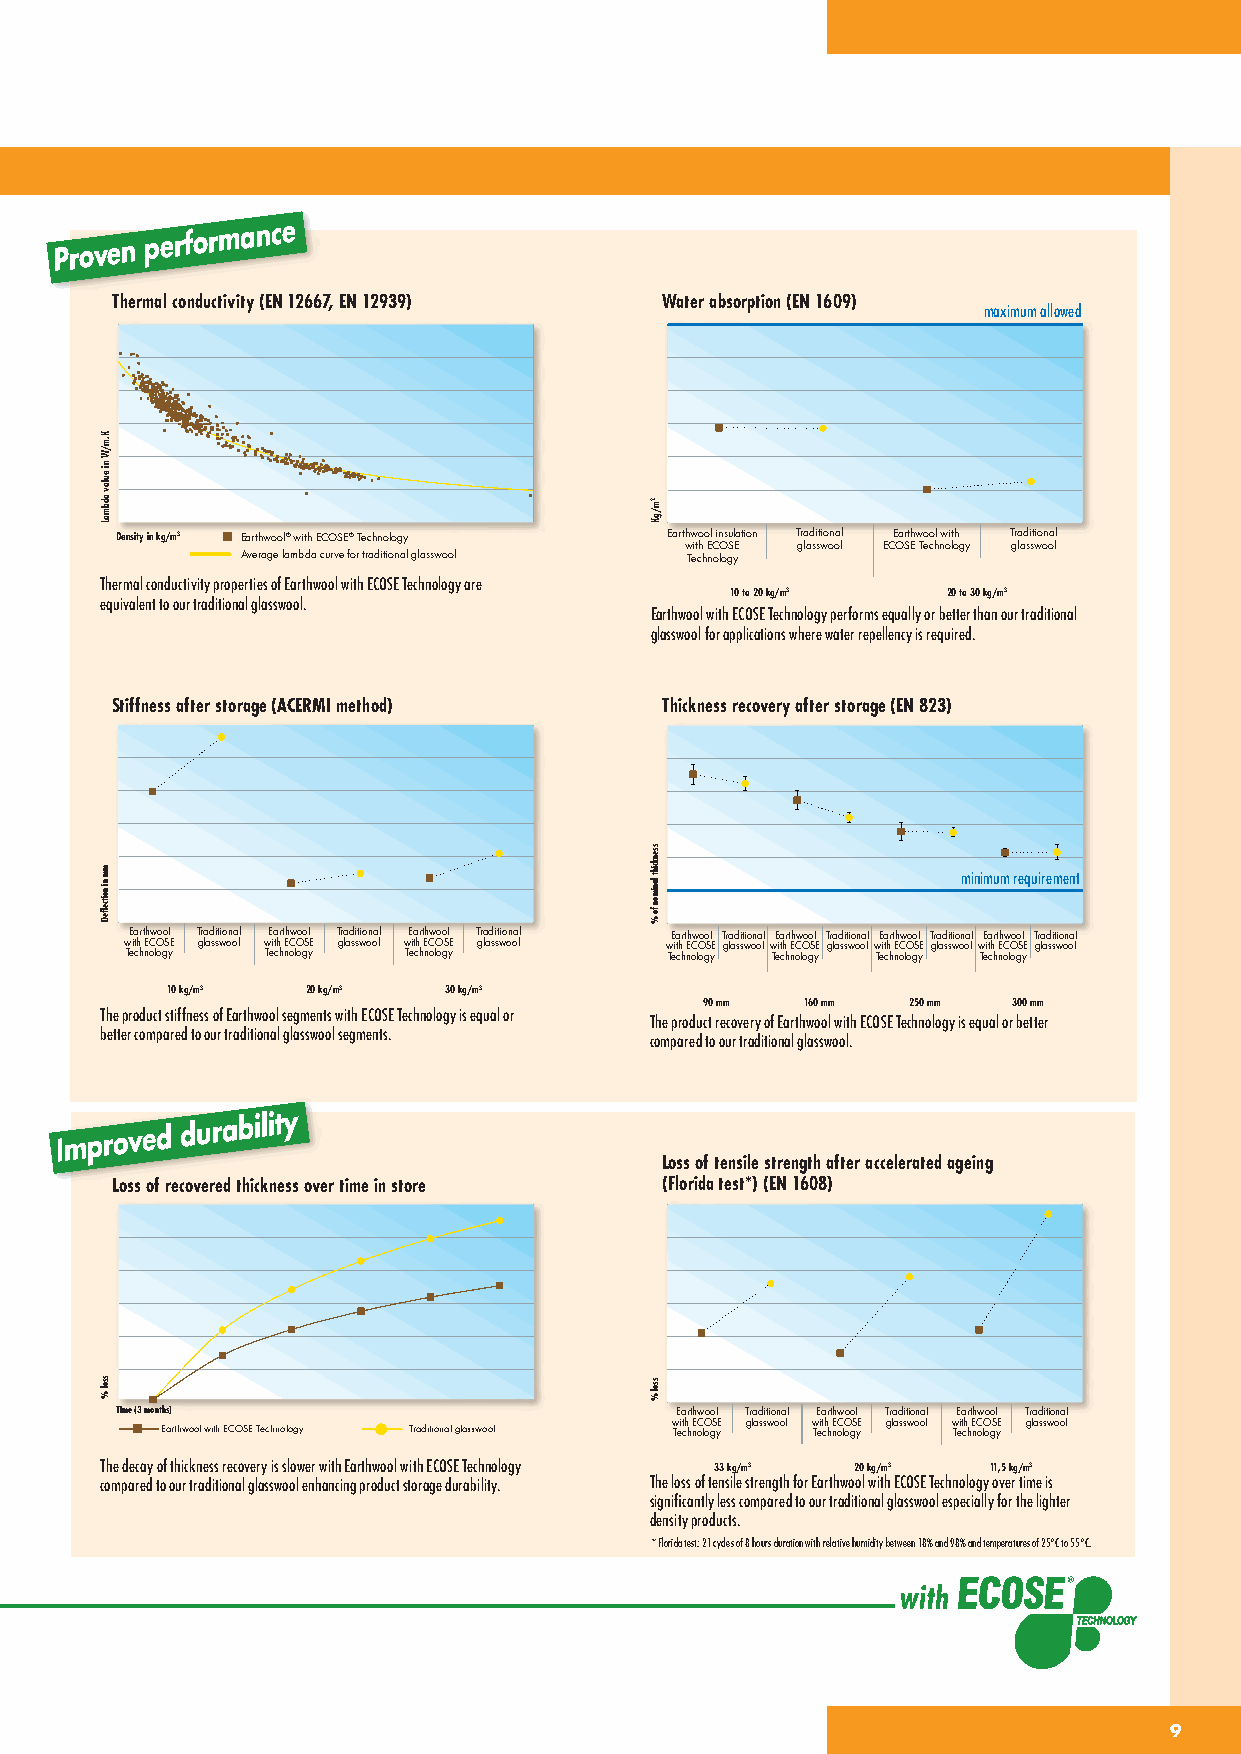
New
 and
 improved
 Improved
 durability
 Proven
 performance
 Thermal conductivity (EN 12667, EN 12939) Water absorption (EN 1609)
 maximum allowed
 Density in kg/m3 Earthwool® with ECOSE® Technology Earthwool insulation Traditional Earthwool with Traditional
 with ECOSE glasswool ECOSE Technology glasswool
 Average lambda curve for traditional glasswool Technology
 Thermal conductivity properties of Earthwool with ECOSE Technology are
 10 to 20 kg/m3 20 to 30 kg/m3
 equivalent to our traditional glasswool.
 Earthwool with ECOSE Technology performs equally or better than our traditional
 glasswool for applications where water repellency is required.
 Stiffness after storage (ACERMI method) Thickness recovery after storage (EN 823)
 minimum requirement
 Earthwool Traditional Earthwool Traditional Earthwool Traditional Earthwool Traditional Earthwool Traditional Earthwool Traditional Earthwool Traditional
 with ECOSE glasswool with ECOSE glasswool with ECOSE glasswool with ECOSE glasswoolwith ECOSE glasswoolwith ECOSE glasswool with ECOSE glasswool
 Technology Technology Technology    Technology Technology Technology Technology
 10 kg/m3 20 kg/m3 30 kg/m3
 90 mm 160 mm 250 mm 300 mm
 The product stiffness of Earthwool segments with ECOSE Technology is equal or
 Newb e atter
 n
 co dmp airemd top ourr toradvitie ond al glasswool segments. T coh me pp aro red du c tt
 o
 r oe uco
 r
 v te rary
 d
 io tif
 o
 E na ar
 l
 t gh lw aso so wl ow oit l.h ECOSE Technology is equal or better
 Improved
 durability
 Loss of tensile strength after accelerated ageing
 Loss of recovered thickness over time in store (Florida test*) (EN 1608)
 Proven
 performance
 Time (3 months)                      Earthwool Traditional Earthwool Traditional Earthwool Traditional
 with ECOSE glasswool with ECOSE glasswool with ECOSE glasswool
 Earthwool with ECOSE Technology Traditional glasswool Technology Technology Technology
 The decay of thickness recovery is slower with Earthwool with ECOSE Technology 33 kg/m3 20 kg/m3 11,5 kg/m3
 compared to our traditional glasswool enhancing product storage durability. The loss of tensile strength for Earthwool with ECOSE Technology over time is
 significantly less compared to our traditional glasswool especially for the lighter
 density products.
 * Florida test: 21 cycles of 8 hours duration with relative humidity between 18% and 98% and temperatures of 25°C to 55°C.
 99
 K.m/W
 ni
 eulav
 adbmaL
 mm
 ni
 noitcefleD
 ssol
 %
 2m/gK
 ssenkciht
 lanimon
 fo
 %
 ssol
 %